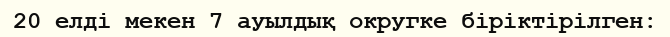
20 елді мекен 7 ауылдық округке біріктірілген: